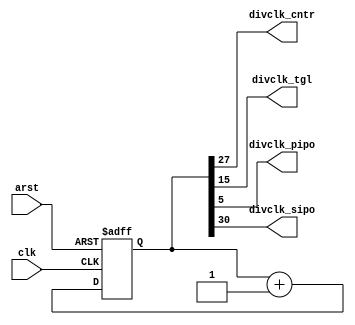
`timescale 1ns / 1ps
module divide_clock(
    input clk, arst,
    output divclk_cntr,
    output divclk_tgl,
    output divclk_pipo,
    output divclk_sipo
    );
    reg [30:0]count_divide;
    //wire out;
    
    always@(posedge clk, posedge arst)
    begin
        if(arst)begin
        count_divide <= 0;
            //divider_out<=1'b0;
            end
                else begin
                count_divide<= count_divide +1;
                //divider_out<= 1;
                end
    end
    
    assign divclk_cntr = count_divide[27];
    assign divclk_tgl = count_divide[15];
    assign divclk_pipo = count_divide[5];
    assign divclk_sipo = count_divide[30];
    
endmodule